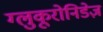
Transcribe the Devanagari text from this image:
ग्लुकूरोनिडेज़